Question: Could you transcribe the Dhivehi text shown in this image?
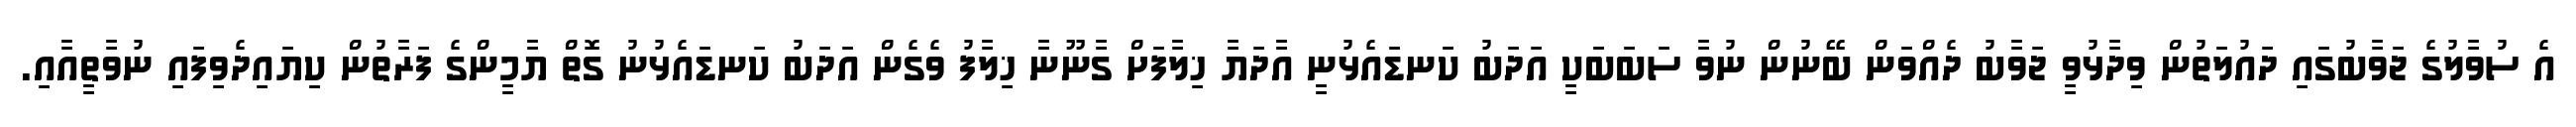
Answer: އެ ސުވާލުގެ ޖަވާބުގައި ދައުލަތުން ވިދާޅުވީ ޖަވާބު ދެއްވަން ބޭނުން ނުވާ ސަބަބަކީ އަދަބު ކަނޑައެޅުނީ އާދަޔާ ޚިލާފަށް ގާނޫނާ ޚިލާފު ވެގެން އަދަބު ކަނޑައެޅުނު ގޮތް ޔާމީންގެ ފަރާތުން ކިޔައިދެވިފައި ނުވާތީއާއި.